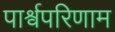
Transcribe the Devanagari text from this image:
पार्श्वपरिणाम